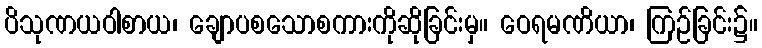
ပိသုဏယဝါစာယ၊ ချောပစသောစကားကိုဆိုခြင်းမှ။ ဝေရမဏိယာ၊ ကြဉ်ခြင်း၌။